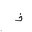
Letter: _thal